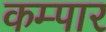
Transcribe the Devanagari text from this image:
कम्पार